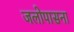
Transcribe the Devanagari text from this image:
जलोपासना